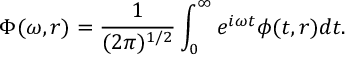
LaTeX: \Phi ( \omega , r ) = \frac { 1 } { ( 2 \pi ) ^ { 1 / 2 } } \int _ { 0 } ^ { \infty } e ^ { i \omega t } \phi ( t , r ) d t .